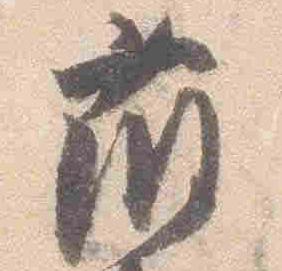
藤